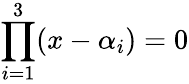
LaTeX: \prod_{i=1}^{3}(x-\alpha_{i})=0